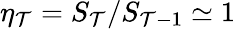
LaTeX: \eta_{\mathcal{T}}=S_{\mathcal{T}}/S_{\mathcal{T}-1}\simeq1